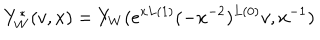
Y _ { W } ^ { * } ( v , x ) = Y _ { W } ( e ^ { x L ( 1 ) } ( - x ^ { - 2 } ) ^ { L ( 0 ) } v , x ^ { - 1 } )